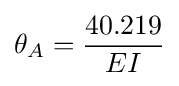
\theta _{A}={\frac {40.219}{EI}}